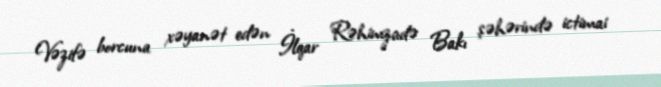
Vəzifə borcuna xəyanət edən İlqar Rəhimzadə Bakı şəhərində ictimai